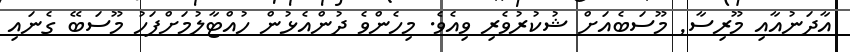
އާދަނުއާއި މޫރިސާ